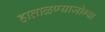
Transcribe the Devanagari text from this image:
हाताळण्याजोग्या